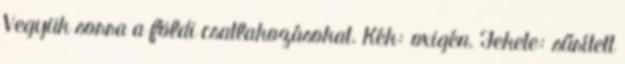
Vegyük sorra a földi csatlakozásokat. Kék: oxigén. Fekete: sűrített